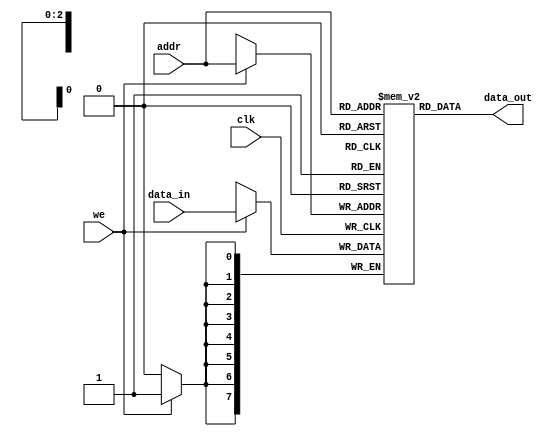
`timescale 1ns / 1ps
`default_nettype none

//////////////////////////////////////////////////////////////////////////////////
// Company: Ratner Engineering
// 
// Design Name: 
// Module Name: generic single port ram
// Project Name: 
// Target Devices: 
// Tool Versions: 
// Description: 
//
//   Usage (instantiation) example for 32x8 RAM  
//          (model defaults to 64x8 RAM)
//              n is address width
//              m is data width
//
//  ram_single_port #(.n(4),.m(8)) my_ram (
//      .data_in  (xxxx),  // m spec
//      .addr     (xxxx),  // n spec 
//      .we       (xxxx),
//      .clk      (xxxx),
//      .data_out (xxxx)
//      );  
// 
// Dependencies: 
// 
// Revision: 1.00 - (01-02-2020) created
//           1.01 - (12-20-2020) changed parameter location & comments 
//         
// Additional Comments:
// 
//////////////////////////////////////////////////////////////////////////////////
module ram_single_port 
   #(parameter n = 3,
     parameter m = 8) (
	input wire [m-1:0] data_in,
	input wire [n-1:0] addr,
	input wire we, 
	input wire clk,
	output wire [m-1:0] data_out  );


	// Declare the memory variable
	reg [m-1:0] memory[2**n-1:0];
	
    // synchronous write
	always @ (posedge clk)
	begin
		if (we)
			memory[addr] <= data_in;
	end
  
    // asynchronous reads
	assign data_out = memory[addr];
	
endmodule

`default_nettype wire